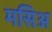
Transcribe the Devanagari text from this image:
मसिअ